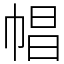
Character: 𢃑